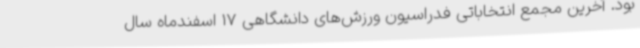
بود. آخرین مجمع انتخاباتی فدراسیون ورزش‌های دانشگاهی 17 اسفندماه سال